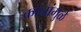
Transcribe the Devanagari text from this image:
कानांमुळे